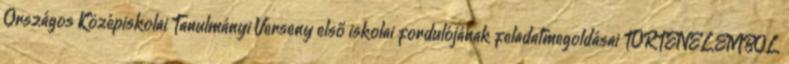
Országos Középiskolai Tanulmányi Verseny első iskolai fordulójának feladatmegoldásai TÖRTÉNELEMBŐL